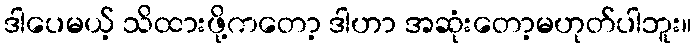
ဒါပေမယ့် သိထားဖို့ကတော့ ဒါဟာ အဆုံးတော့မဟုတ်ပါဘူး။